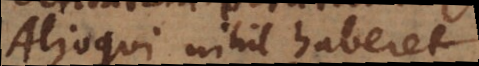
Alioqui nihil haberet